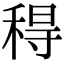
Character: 䅞